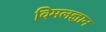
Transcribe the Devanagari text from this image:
विमलज्ञान